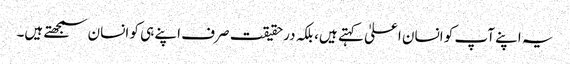
یہ اپنے آپ کو انسان اعلیٰ کہتے ہیں، بلکہ درحقیقت صرف اپنے ہی کو انسان سمجھتے ہیں۔